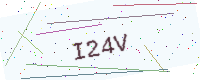
Text: I24V